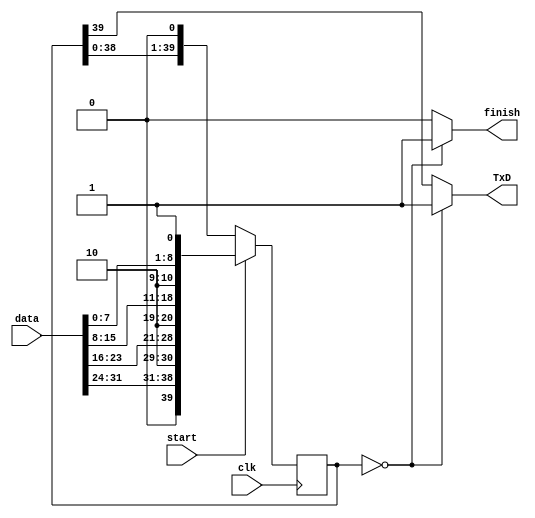
module full_transmitter(
    input [31:0] data,
    input clk,  start,
    output reg TxD,
    output reg finish
);

reg [39:0]buffer;

always @( * )begin
	if(buffer == 0) begin
		TxD = 1'b1;
		finish = 1'b1;
 	end else begin
		TxD = buffer[39];
		finish = 1'b0;
	end
end


always @(posedge clk) begin
	if(start)
		buffer <= {1'b0, data[31:24], 1'b1,1'b0, data[23:16], 1'b1,1'b0, data[15:8], 1'b1,1'b0, data[7:0], 1'b1};
	else
		buffer <= buffer << 1;
end

endmodule